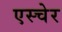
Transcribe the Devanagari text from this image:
एस्चेर